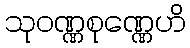
သုဝဏ္ဏစုဏ္ဏေဟိ